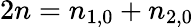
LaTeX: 2n=n_{1,0}+n_{2,0}